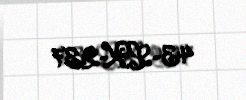
43-LK-237